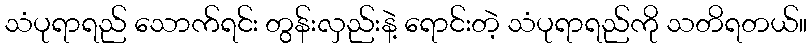
သံပုရာရည် သောက်ရင်း တွန်းလှည်းနဲ့ ရောင်းတဲ့ သံပုရာရည်ကို သတိရတယ်။